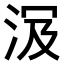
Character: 𣴄